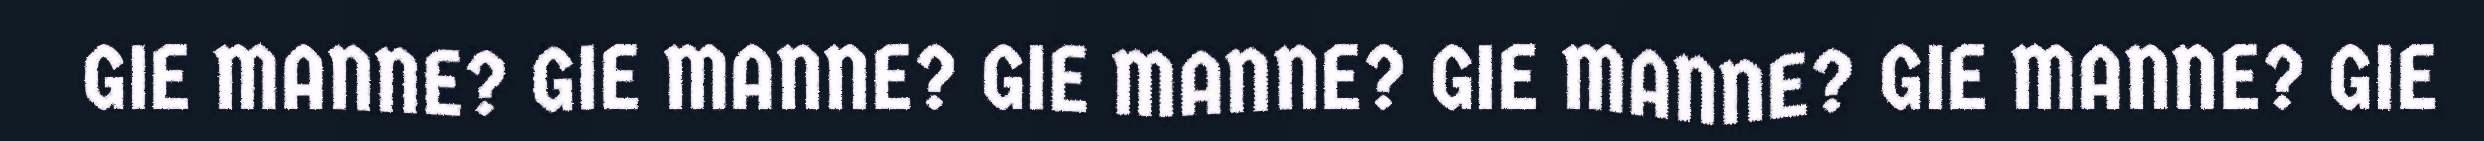
GIE MANNE? GIE MANNE? GIE MANNE? GIE MANNE? GIE MANNE? GIE